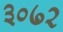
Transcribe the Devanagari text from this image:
३०७२